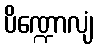
ပိဏ္ဍောလျံ